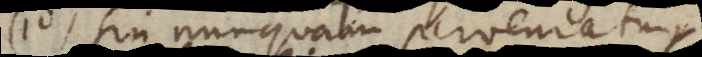
10) Sin nunquam perveniatur